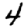
Digit: 4